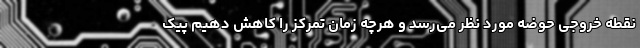
نقطه خروجی حوضه مورد نظر می‌رسد و هرچه زمان تمرکز را کاهش دهیم پیک